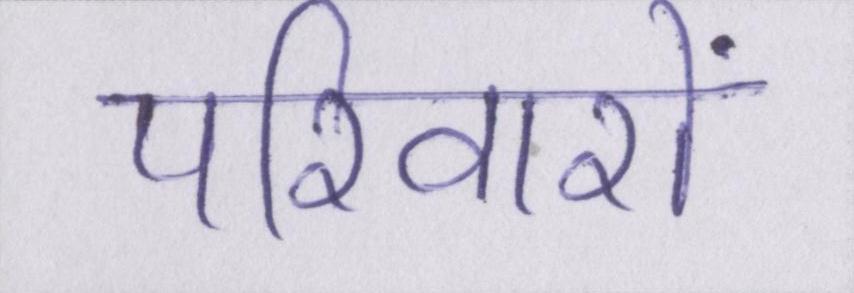
परिवारों